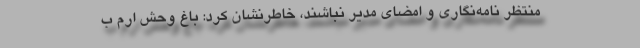
منتظر نامه‌نگاری و امضای مدیر نباشند، خاطرنشان کرد: باغ وحش ارم ب